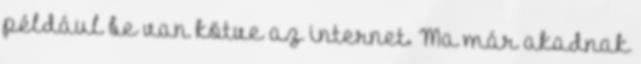
például be van kötve az internet. Ma már akadnak